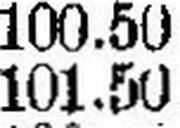
101.50